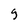
Character: 9